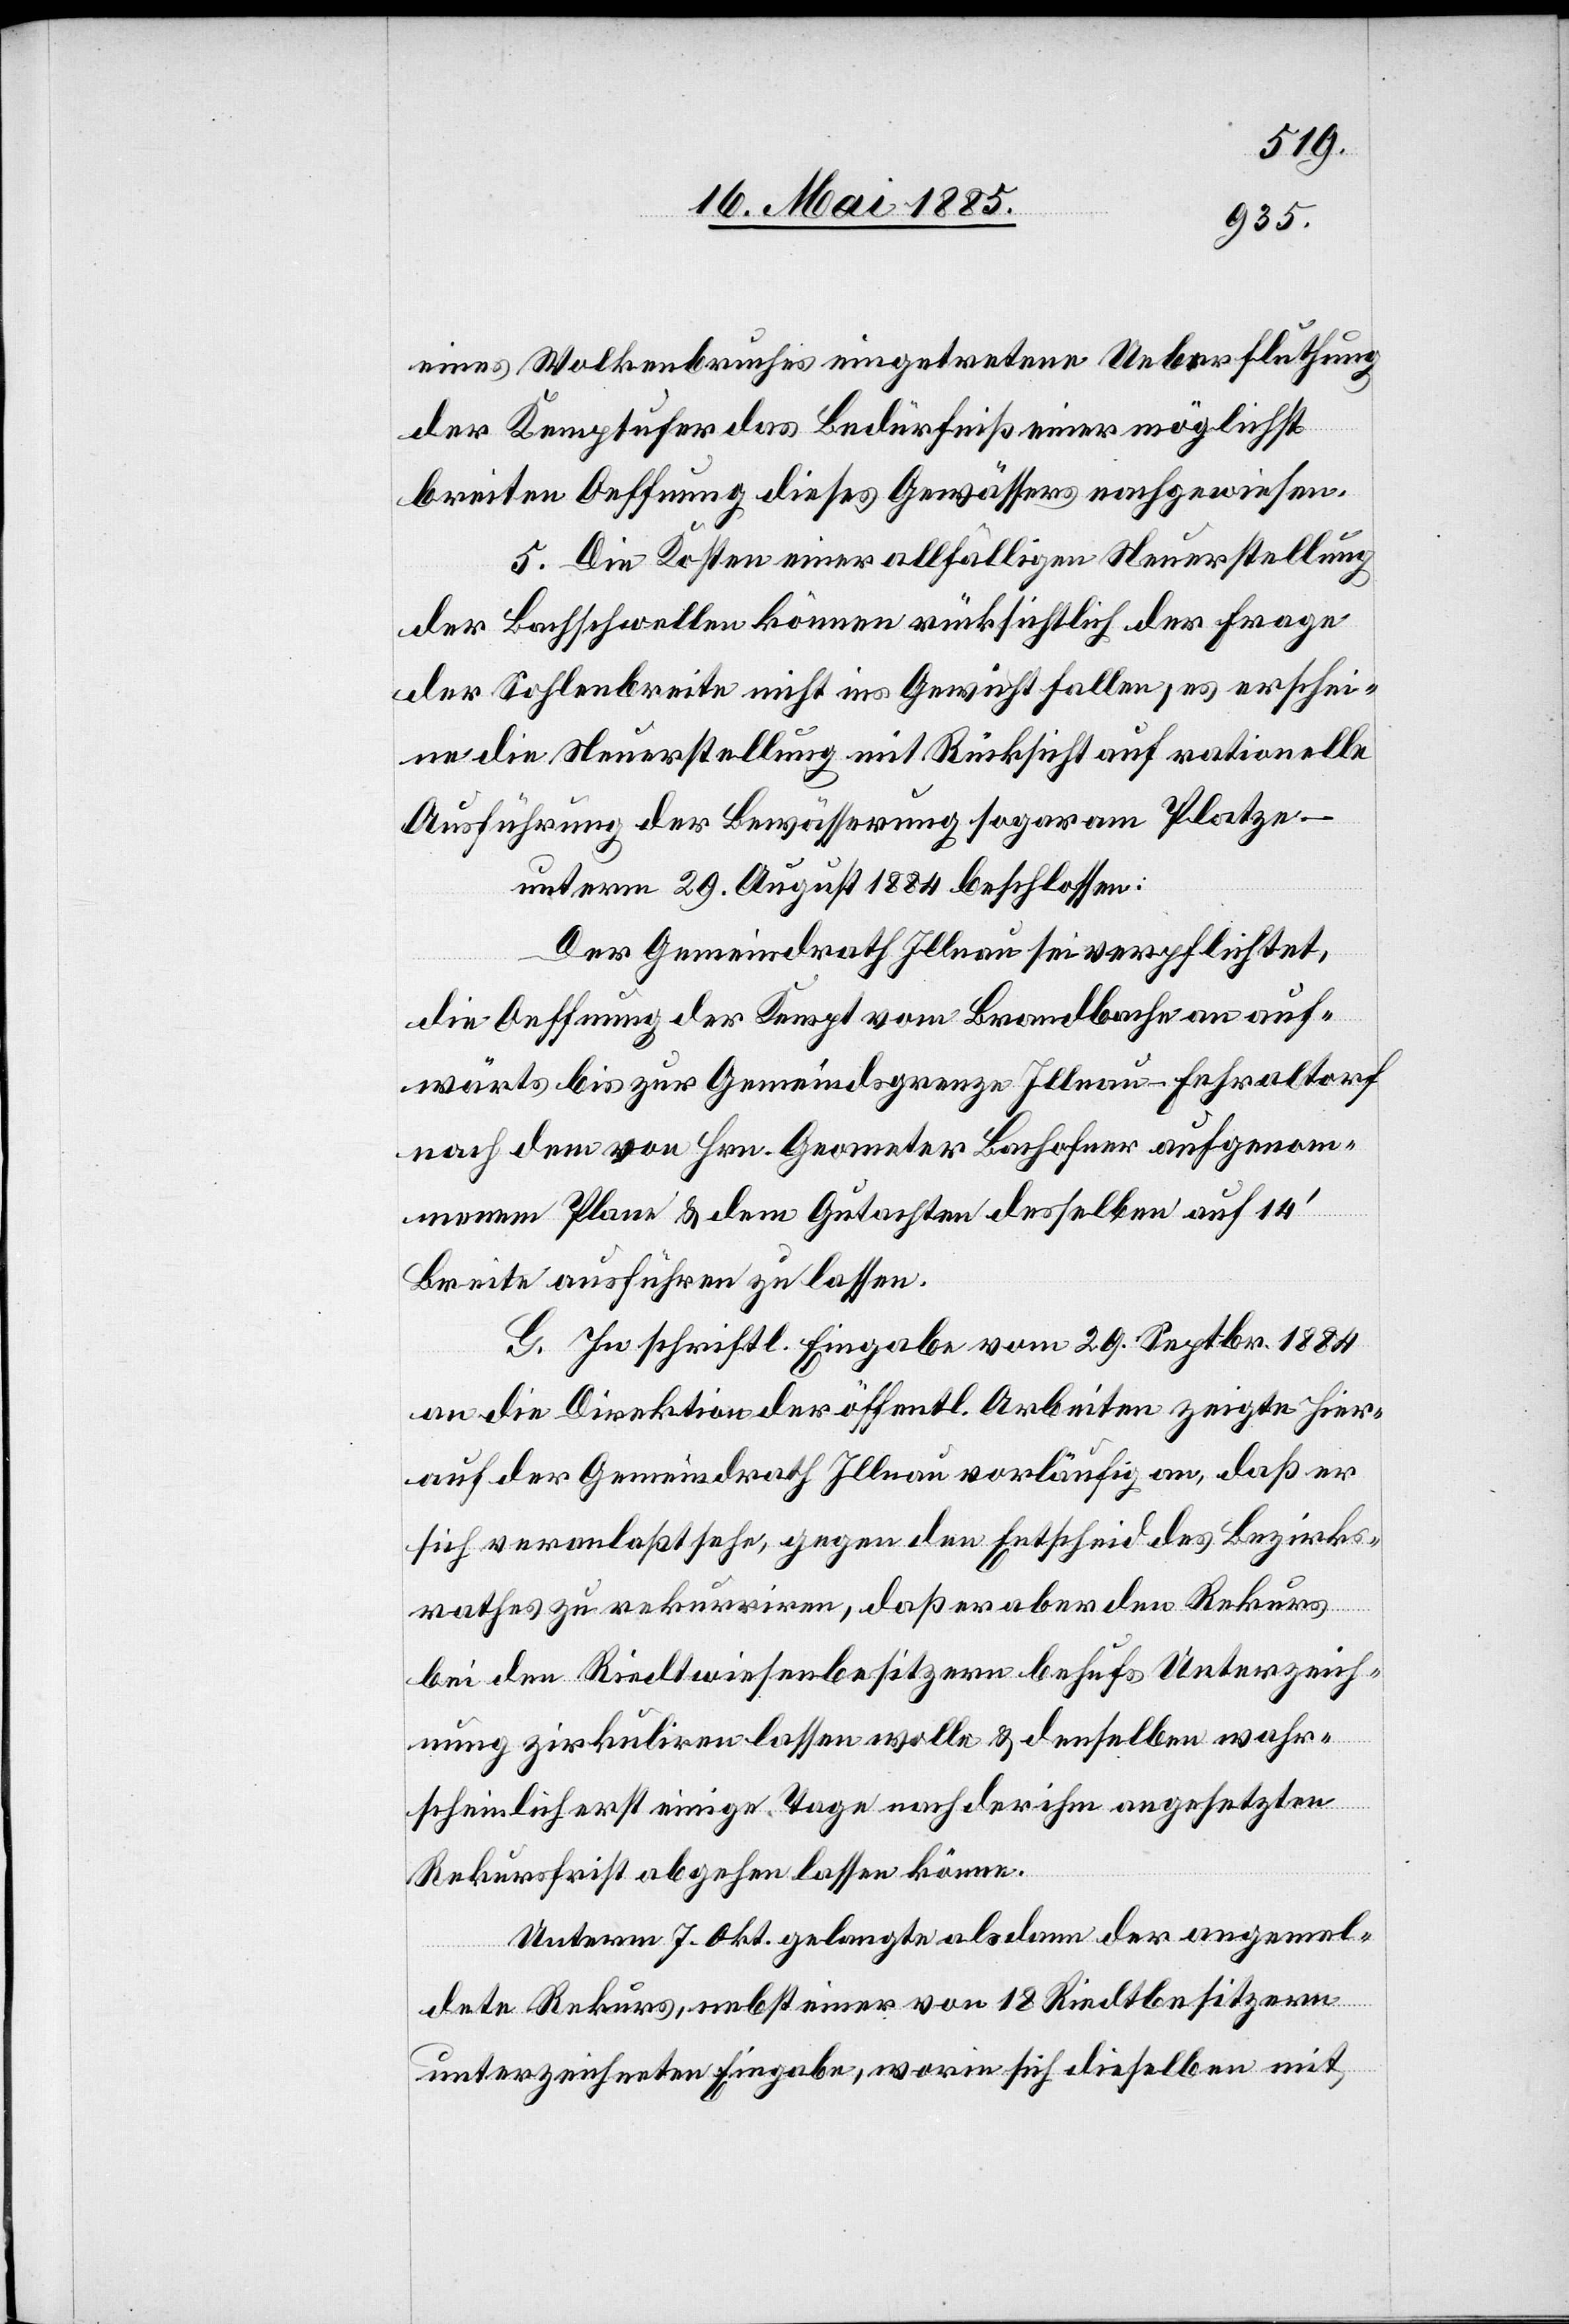
eines Wolkenbruches eingetretene Ueberfluthung
der Kemptufer das Bedürfniß einer möglichst
breiten Oeffnung dieses Gewässers nachgewiesen.
5. Die Kosten einer allfälligen Neuerstellung
der Bachschwellen können rücksichtlich der Frage
der Sohlenbreite nicht ins Gewicht fallen, es erschei¬
ne die Neuerstellung mit Rücksicht auf rationelle
Ausführung der Bewässerung sogar am Platze –
unterm 29. August beschlossen:
Der Gemeindrath Illnau sei verpflichtet,
die Oeffnung der Kempt vom Brandbache an auf¬
wärts bis zur Gemeindsgrenze Illnau - Fehraltorf
nach dem von Hrn. Geometer Bachofner aufgenom¬
menen Plane & dem Gutachten desselben auf 14’
Breite ausführen zu lassen.
G. In schriftl. Eingabe vom 29. Septbr. 1884
an die Direktion der öffentl. Arbeiten zeigte hier¬
auf der Gemeindrath Illnau vorläufig an, daß er
sich veranlaßt sehe, gegen den Entscheid des Bezirks¬
rathes zu rekurriren, daß er aber den Rekurs
bei den Riedtwiesenbesitzern behufs Unterzeich¬
nung zirkuliren lassen wolle & denselben wahr¬
scheinlich erst einige Tage nach der ihm angesetzten
Rekursschrift abgehen lassen könne.
Unterm 7. Okt. gelangte als dann der angemel¬
dete Rekurs, nebst einer von 18 Riedtbesitzern
unterzeichneten Eingabe, worin sich dieselben mit